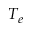
T _ { e }